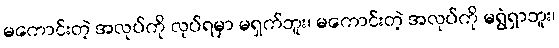
မကောင်းတဲ့ အလုပ်ကို လုပ်ရမှာ မရှက်ဘူး၊ မကောင်းတဲ့ အလုပ်ကို မရွံရှာဘူး၊